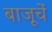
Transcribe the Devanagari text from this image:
बाजूचें